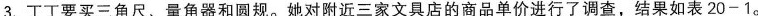
3.丁丁要买三角尺、量角器和圆规。她对附近三家文具店的商品单价进行了调查，结果如表20-1。